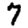
Digit: 7